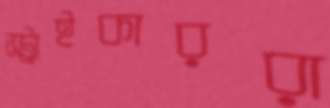
স্ট্রাইকাররা